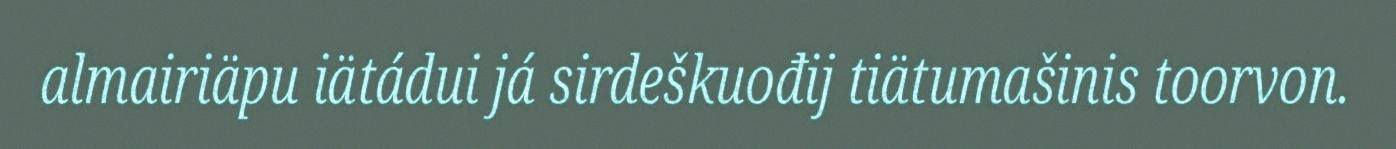
almairiäpu iätádui já sirdeškuođij tiätumašinis toorvon.